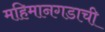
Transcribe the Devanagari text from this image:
महिमानगडाची